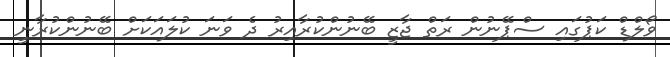
ވޯލްޑް ކަޕުގައި ސްޕޭނުން ރަތް ޖާޒީ ބޭނުންކުރާއިރު ދެ ވަނަ ކުލައަކަށް ބޭނުންކުރާނީ